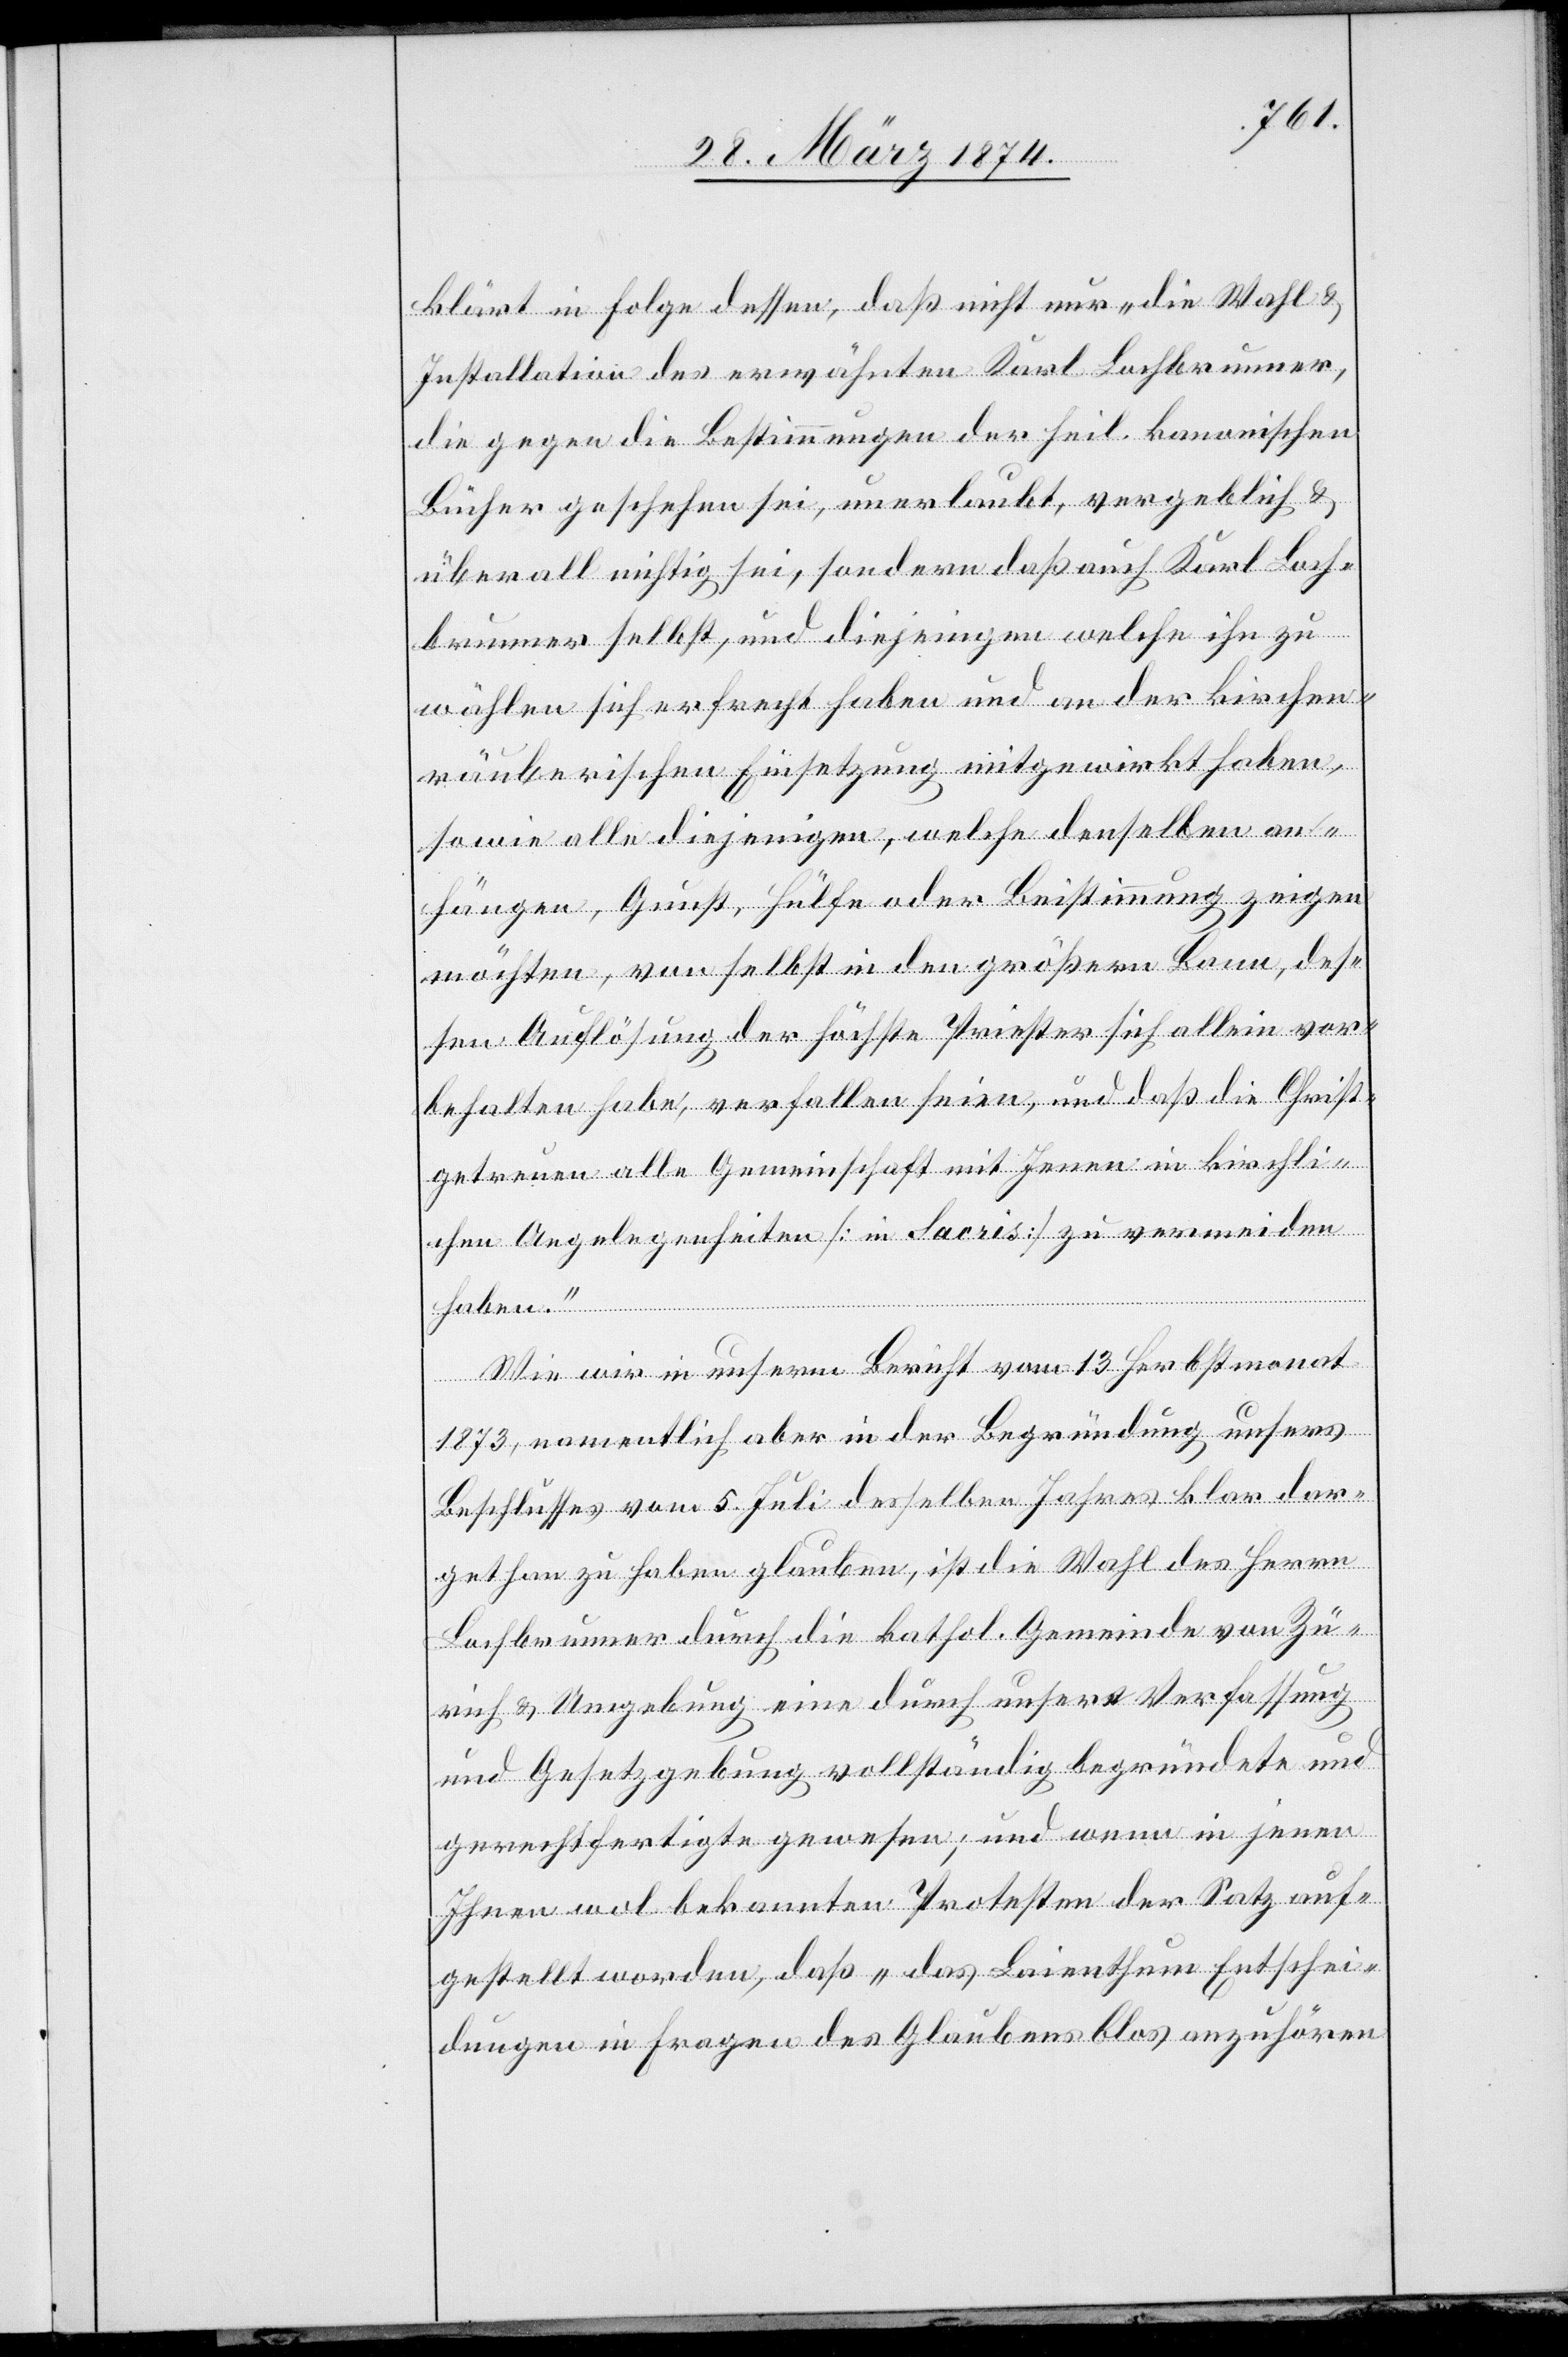
klärt in Folge dessen, daß nicht nur „die Wahl u.
Installation des erwähnten Karl Lochbrunner,
die gegen die Bestimmungen der heil. kanonischen
Bücher geschehen sei, unerlaubt, vergeblich u.
überall nichtig sei, sondern daß auch Karl Loch¬
brunner selbst, und diejenigen welche ihn zu
wählen sich erfrecht haben und an der kirchen¬
räuberischen Einsetzung mitgewirkt haben,
sowie alle diejenigen, welche demselben an¬
hängen, Gunst, Hülfe oder Beistimmung zeigen
möchten, vor selbst in den größern Bann, des¬
sen Auflösung der höchste Priester sich allein vor¬
behalten habe, verfallen seien, und daß die Christ¬
getreuen alle Gemeinschaft mit Jenen in kirchli¬
chen Angelegenheiten [in Sacris] zu vermeiden
haben.“
Wie wir in unserm Bericht vom 13. Herbstmonat
1873, namentlich aber in der Begründung unsers
Beschlusses vom 5. Juli desselben Jahres klar dar¬
gethan zu haben glauben, ist die Wahl des Herrn
Lochbrunner durch die kathol. Gemeinde von Zü¬
rich u. Umgebung eine durch unsere Verfassung
und Gesetzgebung vollständig begründete und
gerechtfertigte gewesen; und wenn in jenen
Ihnen wol bekannten Protesten der Satz auf¬
gestellt worden, daß „das Laienthum Entschei¬
dungen in Frage des Glaubens blos anzuhören